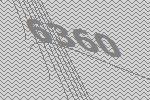
6360